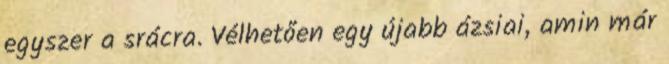
egyszer a srácra. Vélhetően egy újabb ázsiai, amin már